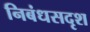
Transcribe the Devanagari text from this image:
निबंधसदृश